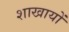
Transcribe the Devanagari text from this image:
शाखायों